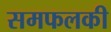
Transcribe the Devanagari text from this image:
समफलकी